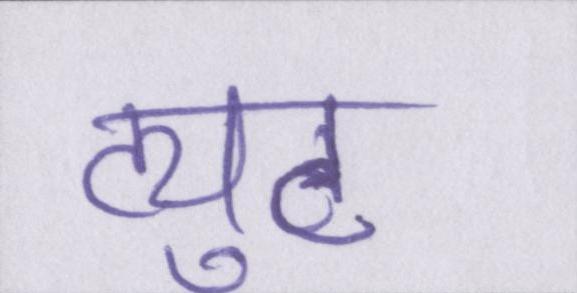
ट्युट